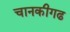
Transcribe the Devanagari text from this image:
चानकीगढ